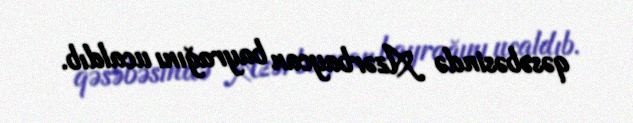
qəsəbəsində Azərbaycan bayrağını ucaldıb.